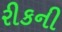
રીકની